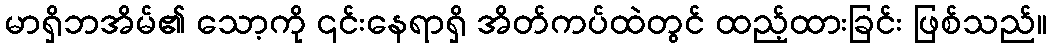
မာရှိဘအိမ်၏ သော့ကို ၎င်းနေရာရှိ အိတ်ကပ်ထဲတွင် ထည့်ထားခြင်း ဖြစ်သည်။